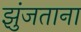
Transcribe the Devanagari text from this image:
झुंजताना